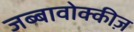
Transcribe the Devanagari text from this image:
जब्बावोक्कीज़